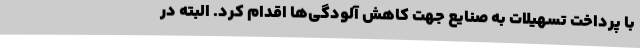
با پرداخت تسهیلات به صنایع جهت کاهش آلودگی‌ها اقدام کرد. البته در